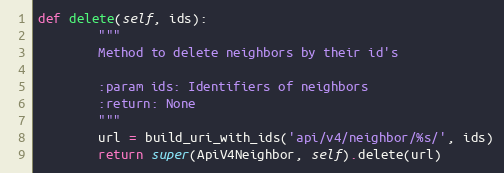
Language: Python
def delete(self, ids):
        """
        Method to delete neighbors by their id's

        :param ids: Identifiers of neighbors
        :return: None
        """
        url = build_uri_with_ids('api/v4/neighbor/%s/', ids)
        return super(ApiV4Neighbor, self).delete(url)